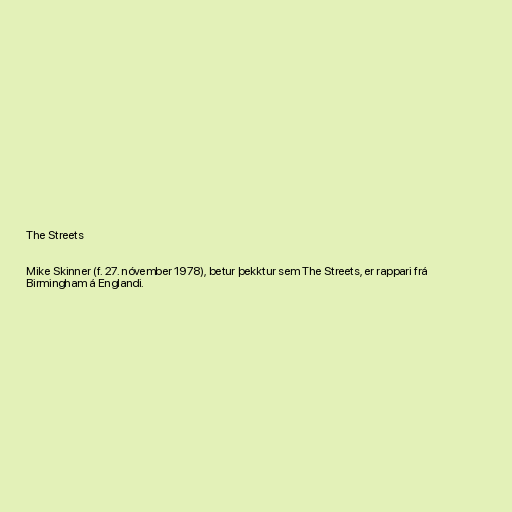
The Streets

Mike Skinner (f. 27. nóvember 1978), betur þekktur sem The Streets, er rappari frá
Birmingham á Englandi.